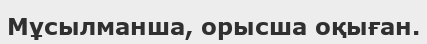
Мұсылманша, орысша оқыған.